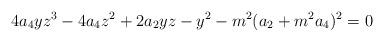
LaTeX: \begin{align*}4a_4 y z^3 - 4a_4 z^2 + 2a_2 yz - y^2 - m^2 (a_2 +m^2 a_4 )^2 = 0\end{align*}